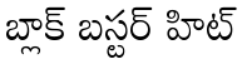
బ్లాక్ బస్టర్ హిట్